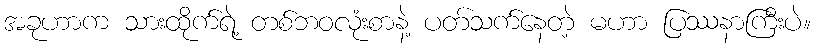
အခုဟာက သားထိုက်ရဲ့ တစ်ဘဝလုံးစာနဲ့ ပတ်သက်နေတဲ့ မဟာ ပြဿနာကြီးပဲ။